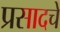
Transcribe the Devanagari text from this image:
प्रसादचे